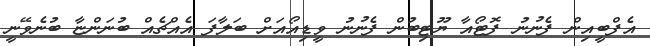
އެފްބީއިން ފެނުނު ފޮޓޯއާ ޔޫޓިބުން ފެނުނު ވީޑިއޯއަށް ބަލާފަ އެއްޗެއް ބުނަންޏާ ބުނެވޭނީ